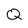
Character: Q